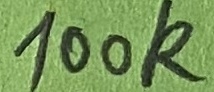
Text: 100K